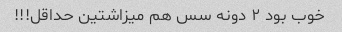
خوب بود ٢ دونه سس هم میزاشتین حداقل!!!